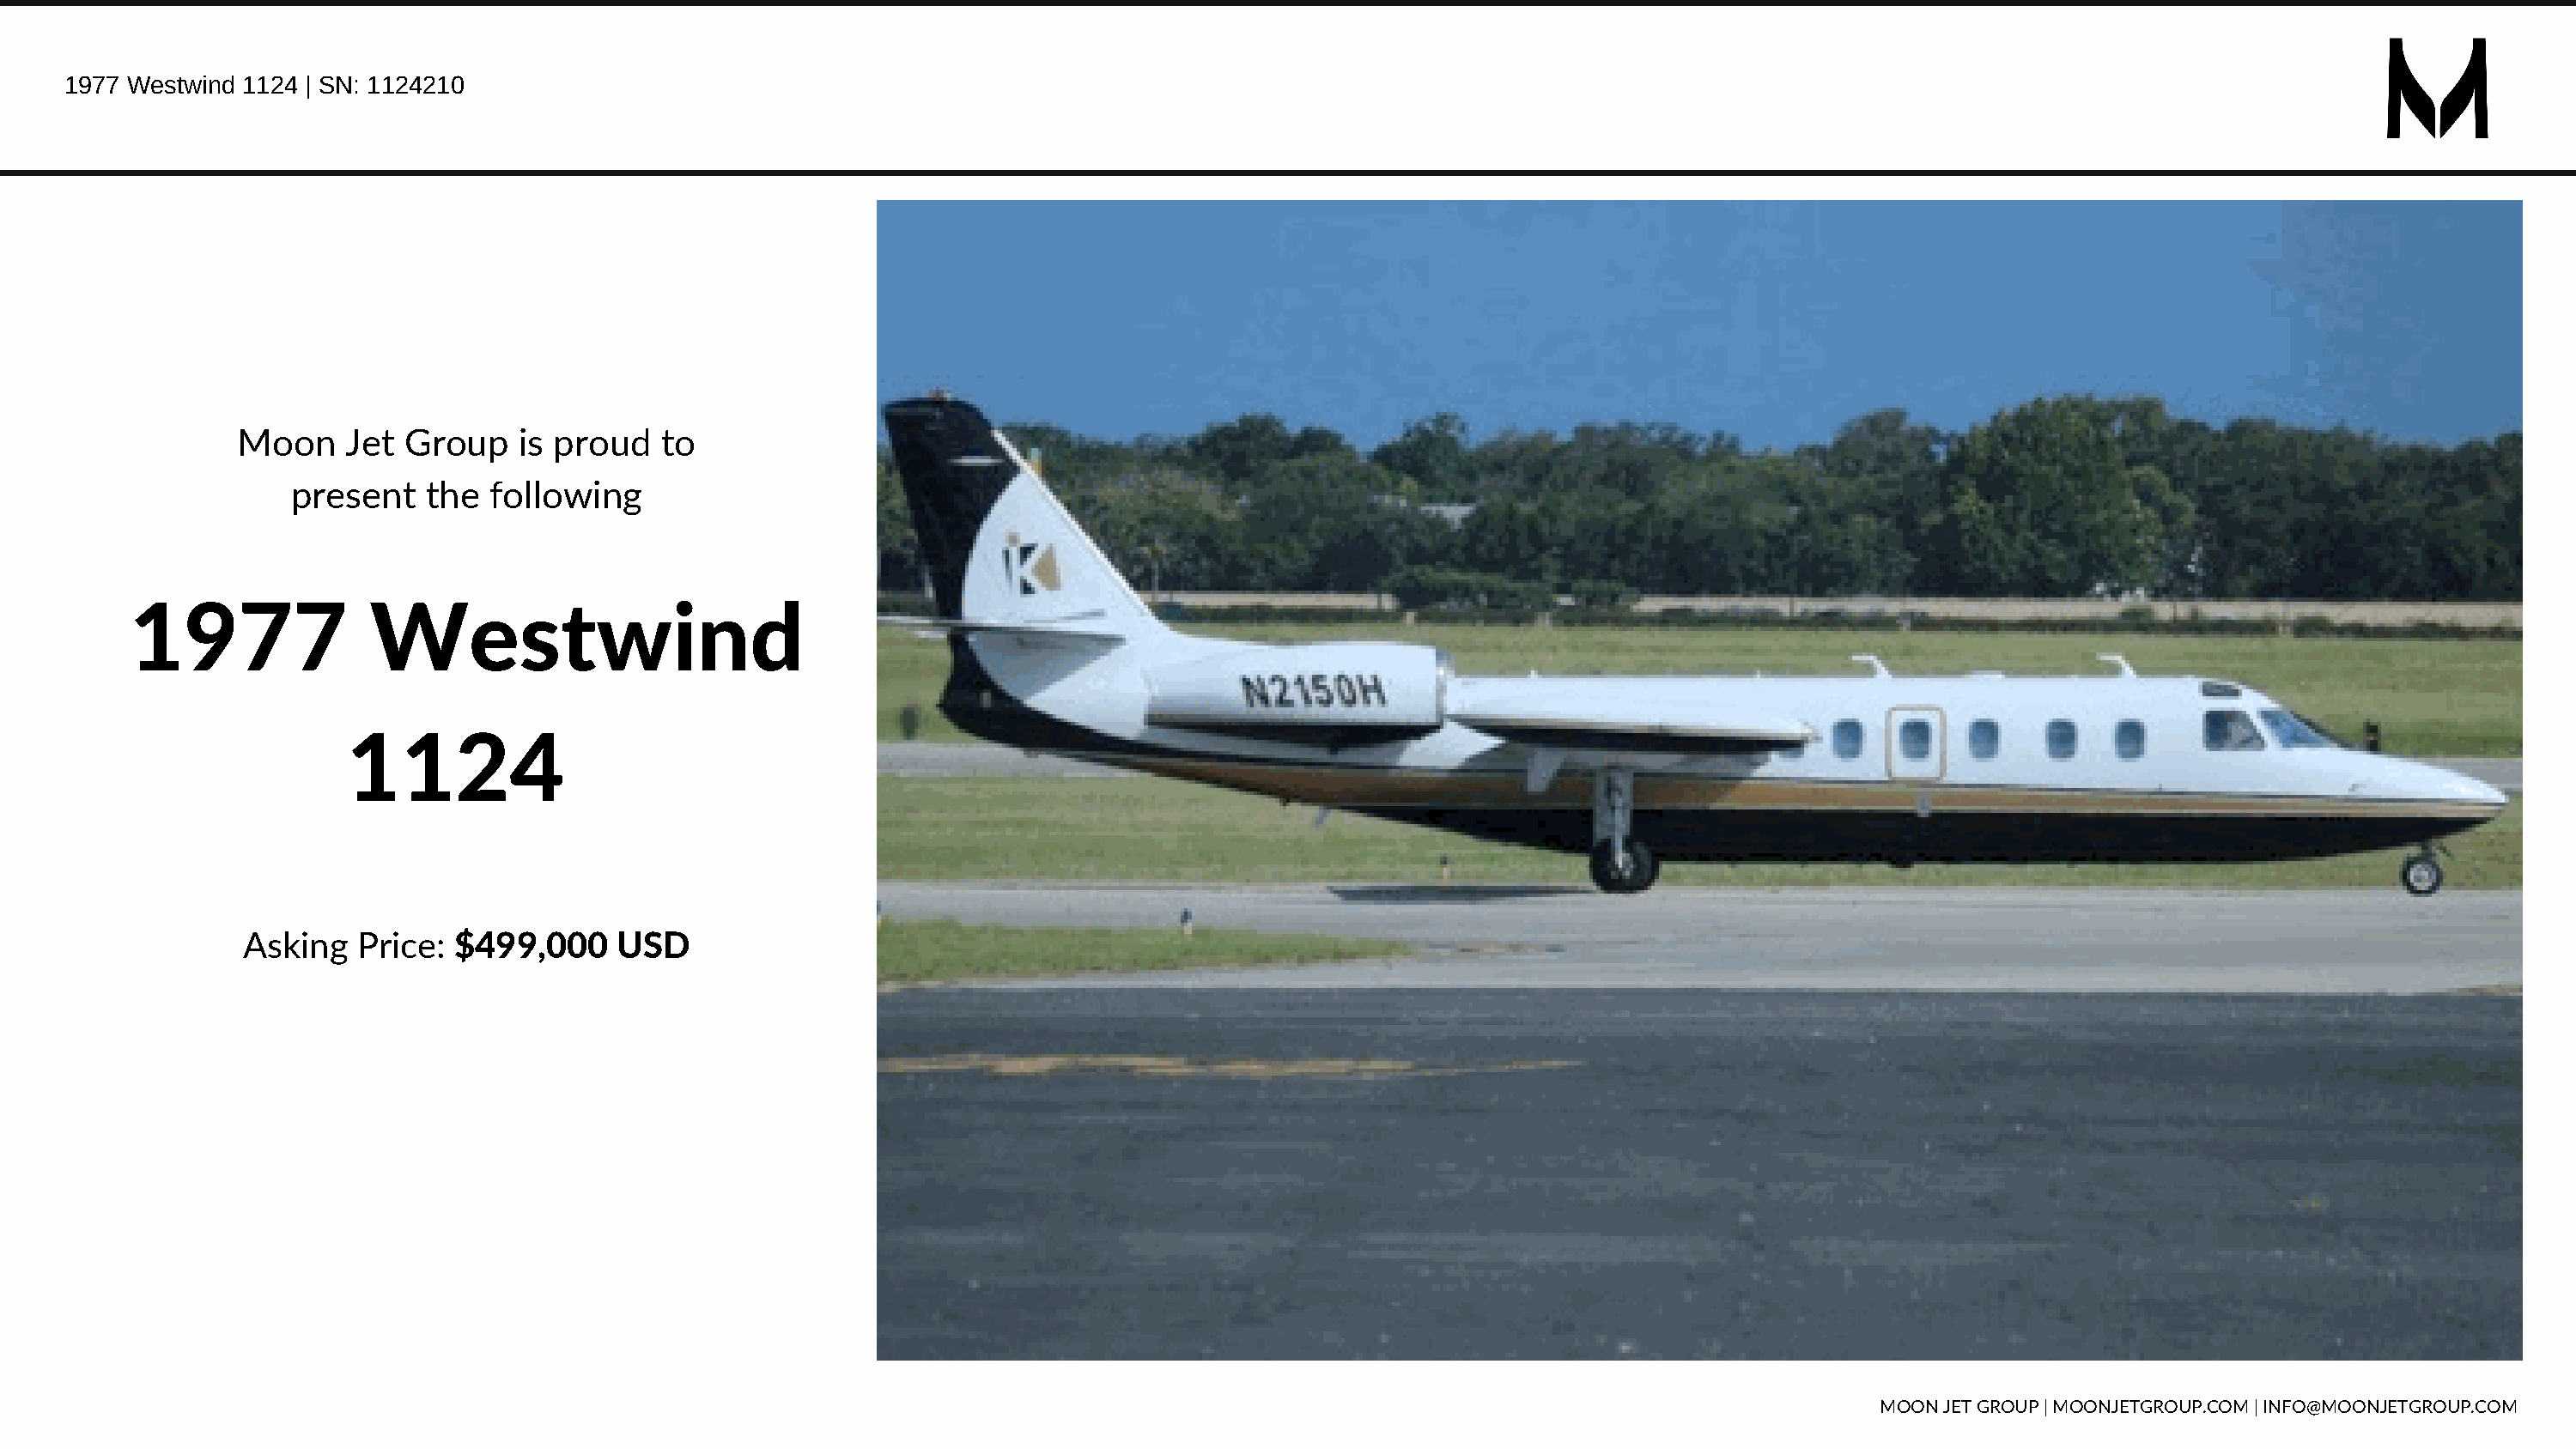
1977 Westwind 1124 | SN: 1124210
 Moon     Jet Group    is proud   to
 present    the  following
 1977              Westwind
 1124
 Asking   Price: $499,000     USD
 MOON JET GROUP | MOONJETGROUP.COM | INFO@MOONJETGROUP.COM